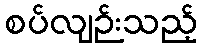
စပ်လျဉ်းသည့်